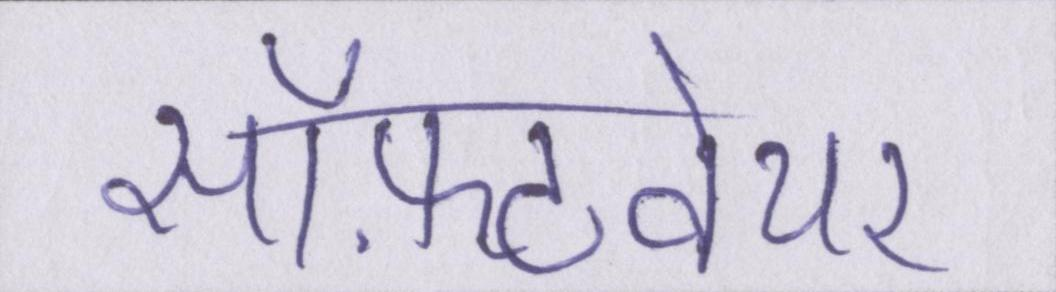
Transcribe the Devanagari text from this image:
सॉफ़्टवेयर